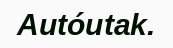
Autóutak.